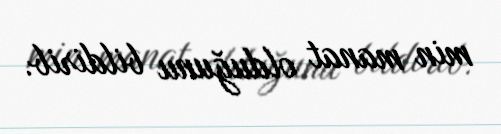
min manat olduğunu bildirib.